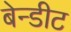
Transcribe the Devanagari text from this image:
बेन्डीट